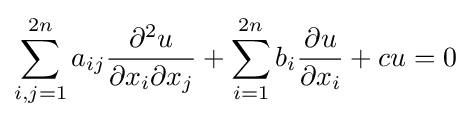
\sum \limits _{i,j=1}^{2n}a_{ij}{\frac {\partial ^{2}u}{\partial x_{i}\partial x_{j}}}+\sum \limits _{i=1}^{2n}b_{i}{\frac {\partial u}{\partial x_{i}}}+cu=0